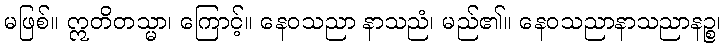
မဖြစ်။ ဣတိတသ္မာ၊ ကြောင့်။ နေဝသညာ နာသညံ၊ မည်၏။ နေဝသညာနာသညာနဉ္စ၊